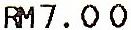
RM7.00